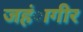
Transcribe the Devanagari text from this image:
जहंागीर